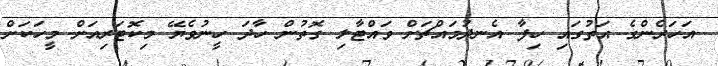
އަހަރެންގެ އަތުގައި ހިފާ އެނދުމައްޗަށް ވައްޓާލި ގޮތުން ހާދަ ހީނުވެޔޭ މިކޮޓަރިއަށް މީހަކަށް